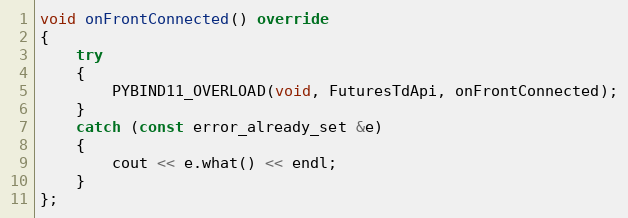
Language: C++
void onFrontConnected() override
{
	try
	{
		PYBIND11_OVERLOAD(void, FuturesTdApi, onFrontConnected);
	}
	catch (const error_already_set &e)
	{
		cout << e.what() << endl;
	}
};